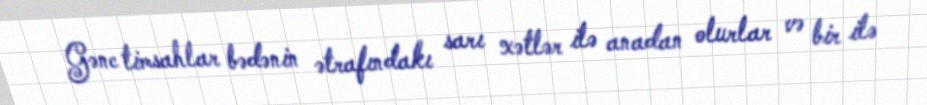
Gənc timsahlar bədənin ətrafındakı sarı xətlər ilə anadan olurlar və bir ilə